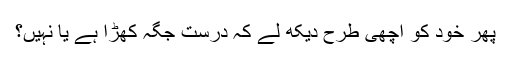
پھر خود کو اچھی طرح دیکھ لے کہ درست جگہ کھڑا ہے یا نہیں؟